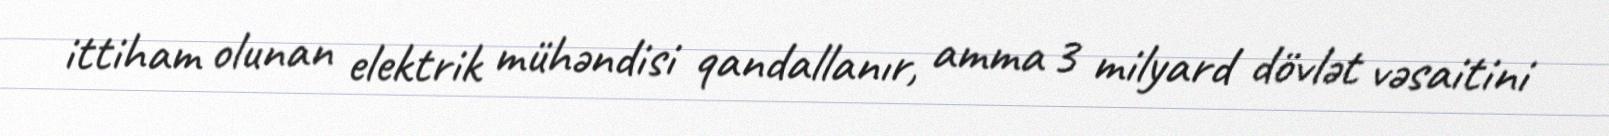
ittiham olunan elektrik mühəndisi qandallanır, amma 3 milyard dövlət vəsaitini